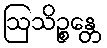
ဩသိဉ္စန္တေ